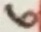
Text: 6